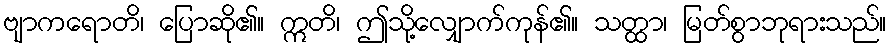
ဗျာကရောတိ၊ ပြောဆို၏။ ဣတိ၊ ဤသို့လျှောက်ကုန်၏။ သတ္ထာ၊ မြတ်စွာဘုရားသည်။